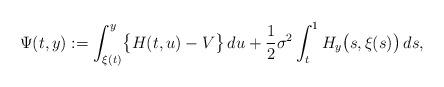
LaTeX: \begin{align*} \Psi(t,y):=\int_{\xi(t)}^y \bigl\{H(t,u)-V \bigr\} \,du +\frac{1}{2}\sigma^2 \int_t^1 H_y \bigl(s,\xi(s) \bigr)\,ds,\end{align*}